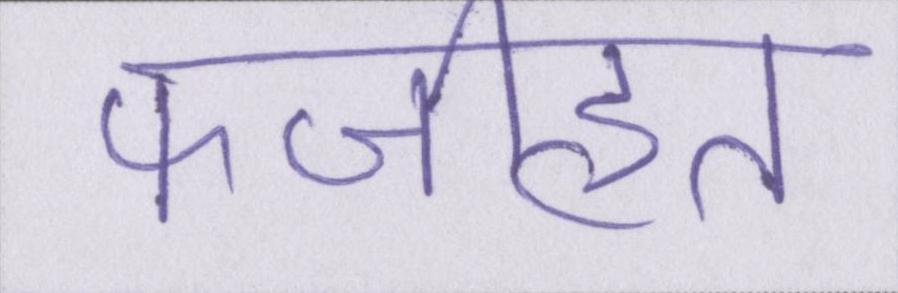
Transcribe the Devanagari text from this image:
फजीहत